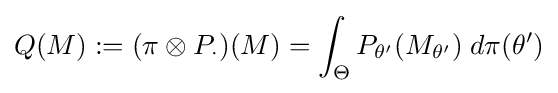
Q(M):=(\pi \otimes P_{\cdot })(M)=\int _{\Theta }P_{\theta '}(M_{\theta '})\;d\pi (\theta ')